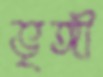
ভৃঙ্গী